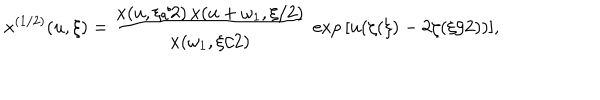
x ^ { ( 1 / 2 ) } ( u , \xi ) = { \frac { x ( u , \xi / 2 ) \, x ( u + \omega _ { 1 } , \xi / 2 ) } { x ( \omega _ { 1 } , \xi / 2 ) } } \, \exp { [ u ( \zeta ( \xi ) - 2 \zeta ( \xi / 2 ) ) ] } ,